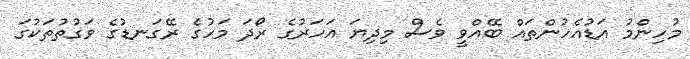
މުހިންމު އަޑުއެހުންތައް ބޭއްވީ ވެސް މިދިޔަ އަހަރުގެ ރޯދަ މަހުގެ ރޭގަނޑުގެ ވަގުތުތަކުގަ